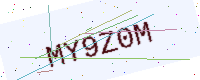
Text: MY9Z0M